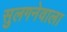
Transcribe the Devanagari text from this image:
सुलगनेवाला